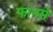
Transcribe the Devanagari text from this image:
फानसे